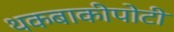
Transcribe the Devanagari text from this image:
थकबाकीपोटी